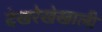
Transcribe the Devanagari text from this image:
देखरेखेखाली